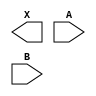
module sky130_fd_sc_hs__or2 (
    X,
    A,
    B
);

    output X;
    input  A;
    input  B;

    // Voltage supply signals
    supply1 VPWR;
    supply0 VGND;

endmodule